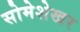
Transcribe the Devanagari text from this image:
सोमेशेखर